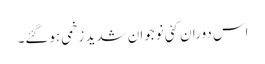
اس دوران کئی نوجوان شدید زخمی ہوگئے۔